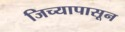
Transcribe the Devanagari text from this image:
जिच्यापासून